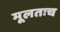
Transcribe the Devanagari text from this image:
मूलतःच